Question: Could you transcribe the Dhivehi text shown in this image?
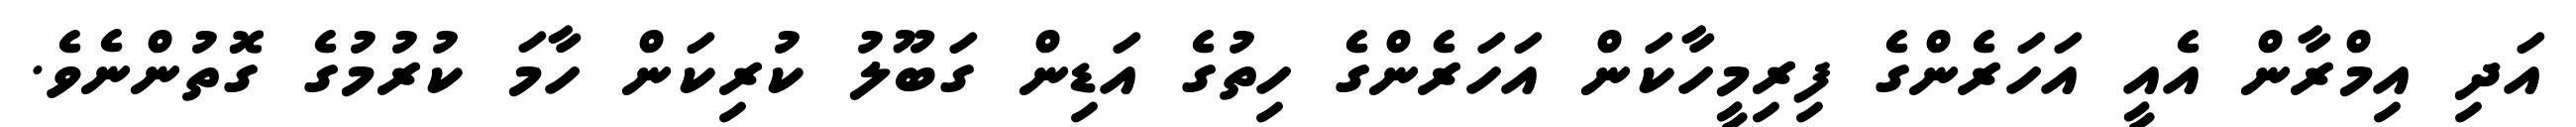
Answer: އަދި އިމްރާން އެއީ އަހަރެންގެ ފިރިމީހާކަން އަހަރެންގެ ހިތުގެ އަޑިން ގަބޫލު ކުރިކަން ހާމަ ކުރުމުގެ ގޮތުންނެވެ.